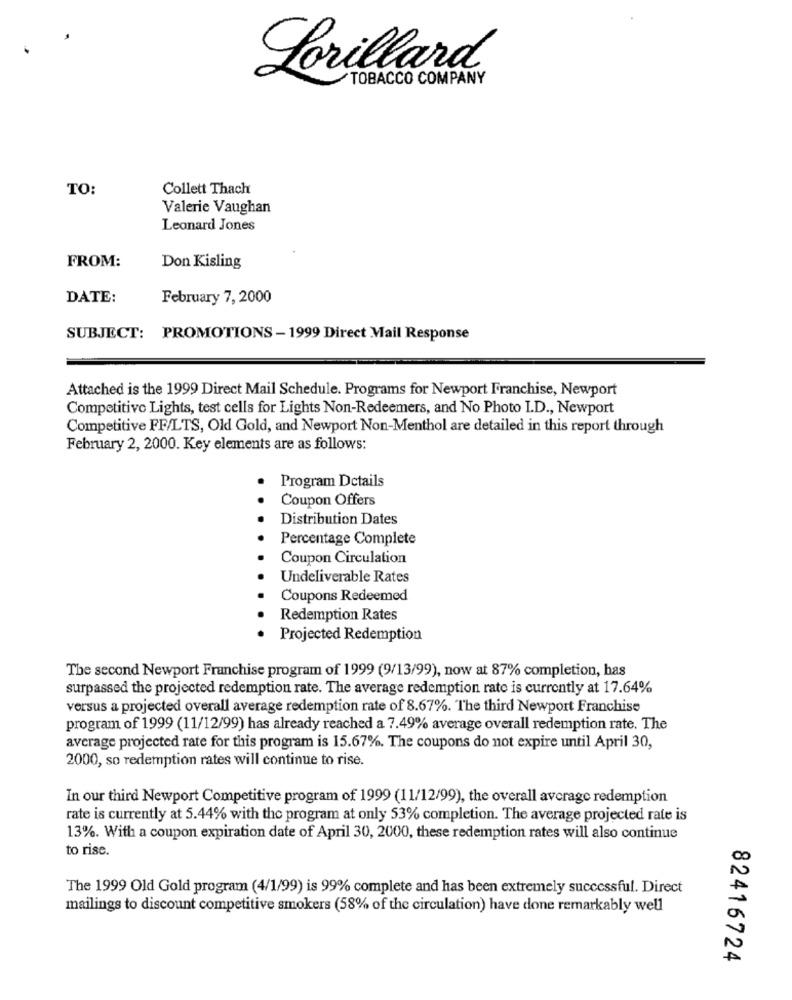
Lorillard
TOBACCO COMPANY
TO:
Collett Thach
Valerie Vaughan
Leonard Jones
FROM:
Don Kisling
DATE:
February 7, 2000
SUBJECT: PROMOTIONS -1999 Direct Mail Response
Attached is the 1999 Direct Mail Schedule. Programs for Newport Franchise, Newport
Competitivo Lights, test cells for Lights Non-Redeemers, and No Photo I.D ., Newport
Competitive FF/LTS, Old Gold, and Newport Non-Menthol are detailed in this report through
February 2, 2000. Key elements are as follows:
Program Details
Coupon Offers
Distribution Dates
Percentage Complete
Coupon Circulation
Undeliverable Rates
Coupons Redeemed
Redemption Rates
Projected Redemption
The second Newport Franchise program of 1999 (9/13/99), now at 87% completion, has
surpassed the projected redemption rate. The average redemption rate is currently at 17.64%
versus a projected overall average redemption rate of 8.67%. The third Newport Franchise
program of 1999 (11/12/99) has already reached a 7.49% average overall redemption rate. The
average projected rate for this program is 15.67%. The coupons do not expire until April 30,
2000, so redemption rates will continue to rise.
In our third Newport Competitive program of 1999 (11/12/99), the overall average redemption
rate is currently at 5.44% with the program at only 53% completion. The average projected rate is
13%. With a coupon expiration date of April 30, 2000, these redemption rates will also continue
to rise.
The 1999 Old Gold program (4/1/99) is 99% complete and has been extremely successful. Direct
mailings to discount competitive smokers (58% of the circulation) have done remarkably well
82416724